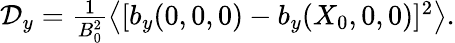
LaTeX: \begin{array}{r}{\mathcal D_{y}=\frac{1}{B_{0}^{2}}\left\langle[b_{y}(0,0,0)-b_{y}(X_{0},0,0)]^{2}\right\rangle.}\end{array}